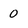
Character: 0